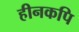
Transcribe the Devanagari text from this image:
हीनकपि